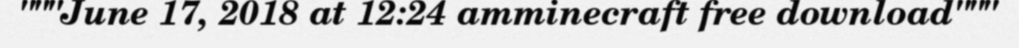
"""June 17, 2018 at 12:24 amminecraft free download"""